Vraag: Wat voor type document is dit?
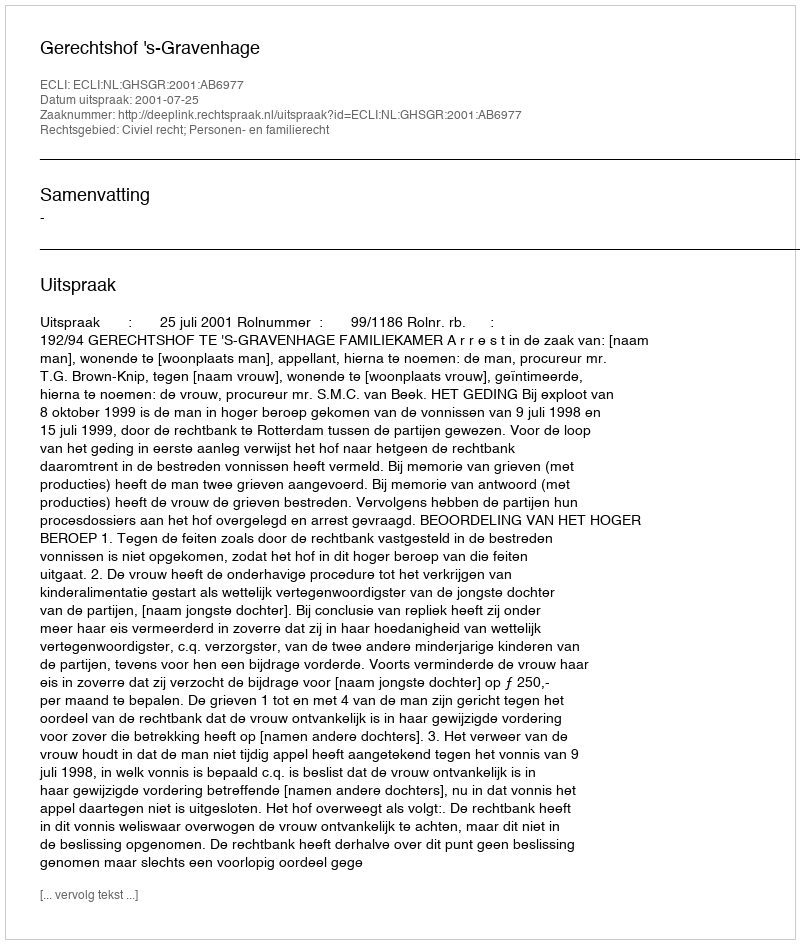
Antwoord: Uitspraak